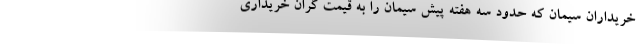
خریداران سیمان که حدود سه هفته پیش سیمان را به قیمت گران خریداری